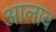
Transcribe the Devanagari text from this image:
आलाव